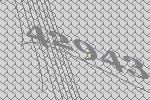
42943